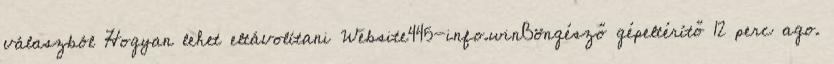
válaszból Hogyan lehet eltávolítani Website445-info.winBöngésző gépeltérítő 12 perc ago.